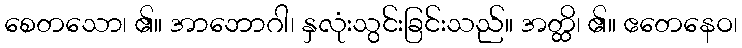
စေတသော၊ ၏။ အာဘောဂါ၊ နှလုံးသွင်းခြင်းသည်။ အတ္ထိ၊ ၏။ ဧတေနေဝ၊